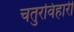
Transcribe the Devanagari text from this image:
चतुरविहारी